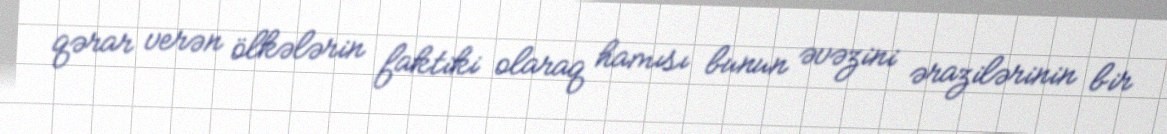
qərar verən ölkələrin faktiki olaraq hamısı bunun əvəzini ərazilərinin bir